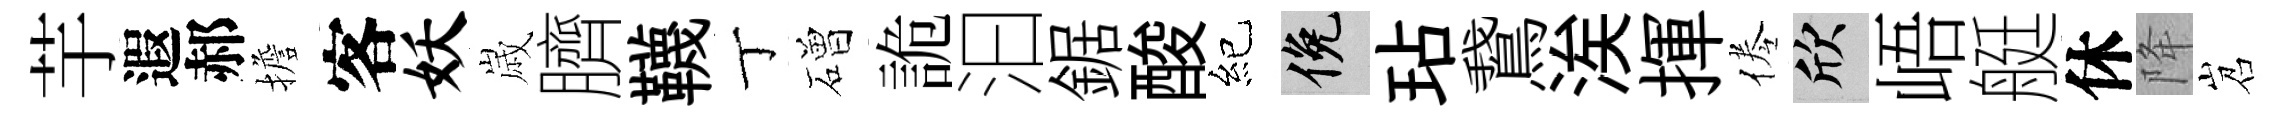
芋遐郝擔客妖𡻕臍韈丁磳詭汩鋸酸紀俯玷鵞涘揮倦欣峿艇休降岧